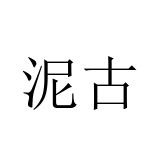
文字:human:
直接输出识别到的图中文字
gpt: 泥古